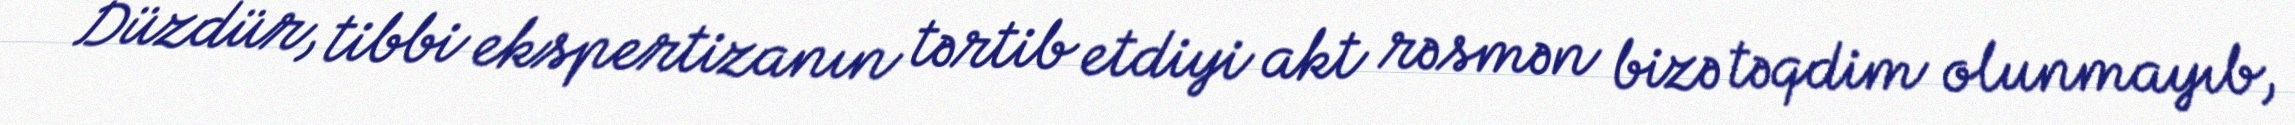
Düzdür, tibbi ekspertizanın tərtib etdiyi akt rəsmən bizə təqdim olunmayıb,